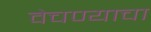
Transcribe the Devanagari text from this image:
वेचण्याचा